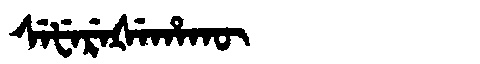
Manchu: ᠰᡝᡶᡝᡵᡝᡧᡝᡥᠠᡴᡡ
Romanization: SEFEREŠEHAKŪ